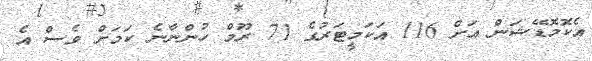
އެކޮމޮޑޭޝަން އަށް 116 އަކަމީޓަރުގެ 71 ރޫމް ހުންނާނެ ކަމަށް ވެސް އެ